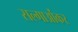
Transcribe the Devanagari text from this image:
सल्गाओंकर